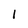
Character: l